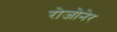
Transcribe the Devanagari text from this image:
रोजोनेर